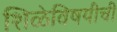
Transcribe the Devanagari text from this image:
शिळेविषयीची